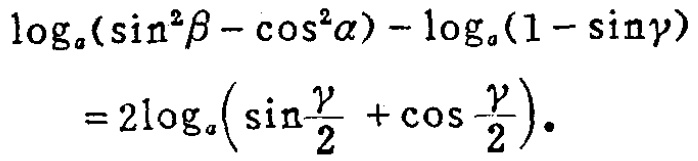
\(\log_{a}(\sin^{2}\beta - \cos^{2}\alpha) - \log_{a}(1 - \sin\gamma)=2\log_{a}\left(\sin\frac{\gamma}{2} + \cos\frac{\gamma}{2}\right)\)